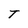
Character: T